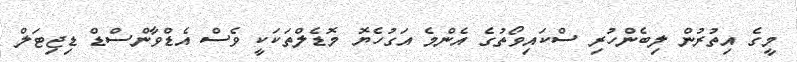
މީގެ އިތުރުން ލިބެންހުރި ސްކައިވޯތުގެ އެންމެ އަގުހެޔޮ މޮޑެލްތަކަކީ ވެސް އެޑްވާންސްޑް ޑިޖިޓަލް